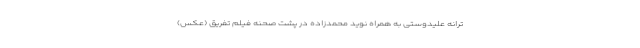
ترانه علیدوستی به همراه نوید محمدزاده در پشت صحنه فیلم تفریق (عکس)